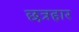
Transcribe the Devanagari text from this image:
छत्रहार